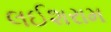
લઈશરામ